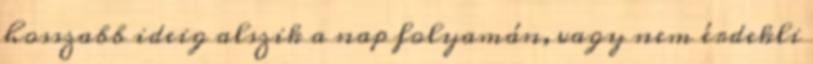
hosszabb ideig alszik a nap folyamán, vagy nem érdekli